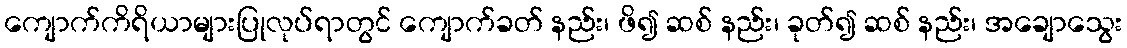
ကျောက်ကိရိယာများပြုလုပ်ရာတွင် ကျောက်ခတ် နည်း၊ ဖိ၍ ဆစ် နည်း၊ ခုတ်၍ ဆစ် နည်း၊ အချောသွေး